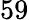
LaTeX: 59